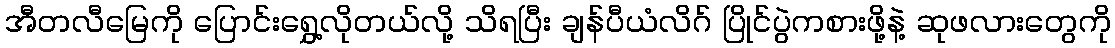
အီတလီမြေကို ပြောင်းရွှေ့လိုတယ်လို့ သိရပြီး ချန်ပီယံလိဂ် ပြိုင်ပွဲကစားဖို့နဲ့ ဆုဖလားတွေကို